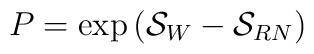
P = \exp \left( {\cal S}_{W} - {\cal S}_{RN}\right)